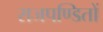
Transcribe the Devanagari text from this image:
राजपण्डितों